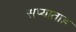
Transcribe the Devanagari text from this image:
सप्याताह